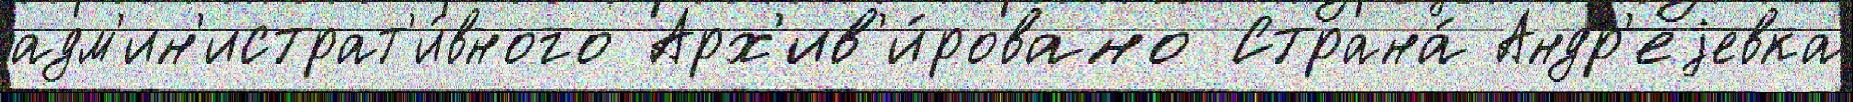
адм'ин'истрат'и́вного Арх'ив'и́ровано Страна́ Андр'еjевка